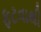
ફટવાથી